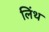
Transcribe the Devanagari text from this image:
लिंथ